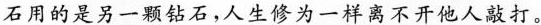
石用的是另一颗钻石，人生修为一样离不开他人敲打。